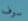
سوف